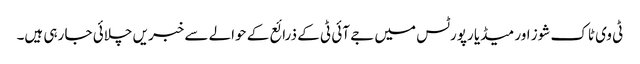
ٹی وی ٹاک شوز اور میڈیا رپورٹس میں جے آئی ٹی کے ذرائع کے حوالے سے خبریں چلائی جا رہی ہیں۔